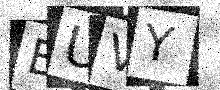
Text: BUVY